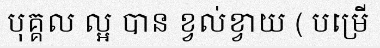
បុគ្គល ល្អ បាន ខ្វល់ខ្វាយ ( បម្រើ